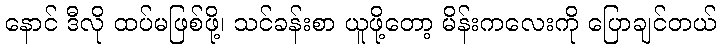
နောင် ဒီလို ထပ်မဖြစ်ဖို့၊ သင်ခန်းစာ ယူဖို့တော့ မိန်းကလေးကို ပြောချင်တယ်